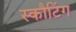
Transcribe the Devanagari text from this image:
स्कौटिंग